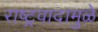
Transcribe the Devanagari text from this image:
राष्ट्रवादामुळे